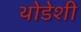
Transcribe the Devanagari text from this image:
थोडेशी